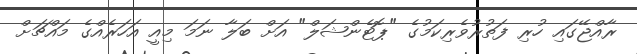
ރާއްޖޭގައި ހުރި ފަތުރުވެރިކަމުގެ "ޕޮޓެންޝަލް" އަށް ބަލާ ނަމަ މިއީ އަހަރެއްގެ މައްޗަށް